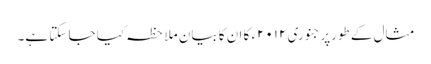
مثال کے طورپرجنوری ۲۰۱۲ء کا ان کا بیان ملاحظہ کیا جا سکتا ہے۔